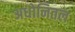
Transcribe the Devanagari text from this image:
अधोनितल